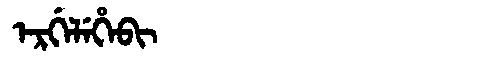
Manchu: ᡝᡵᡤᡝᠯᡝᡥᡝᠪᡳ
Romanization: ERGELEHEBI